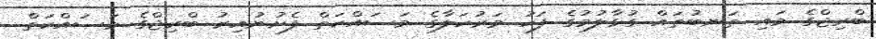
ބްރިޖްގެ މައި ތަނބުތައް ގުޅާލުމުގެ ފަހު މަރުހަލާގެ މަސައްކަތް ފެށުނުއިރު ބްރިޖްގެ މަސައްކަތް